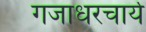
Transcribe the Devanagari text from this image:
गजाधरचार्य